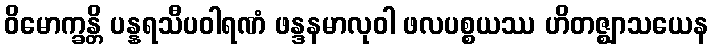
ဝိမောက္ခန္တိ ပန္နရသီပဝါရဏံ ဖန္ဒနမာလုဝါ ဖလပစ္စယဿ ဟိတဇ္ဈာသယေန